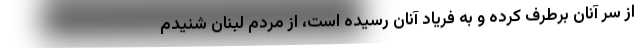
از سر آنان برطرف کرده و به فریاد آنان رسیده است، از مردم لبنان شنیدم